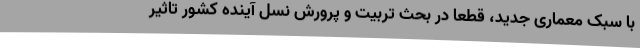
با سبک‌ معماری جدید، قطعا در بحث تربیت و پرورش نسل آینده کشور تاثیر